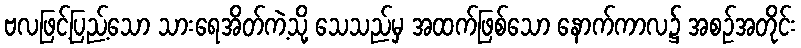
ဗလဖြင့်ပြည့်သော သားရေအိတ်ကဲ့သို့ သေသည်မှ အထက်ဖြစ်သော နောက်ကာလ၌ အစဉ်အတိုင်း